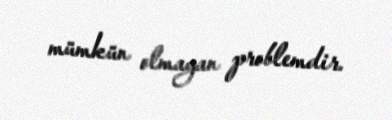
mümkün olmayan problemdir.